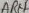
Text: AREF